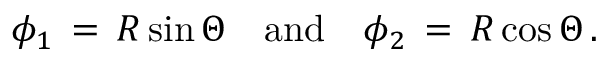
\phi _ { 1 } \, = \, R \sin \Theta \quad \mathrm { a n d } \quad \phi _ { 2 } \, = \, R \cos \Theta \, .